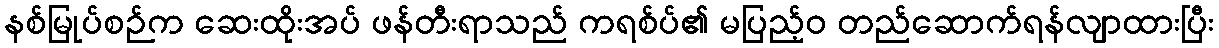
နစ်မြုပ်စဉ်က ဆေးထိုးအပ် ဖန်တီးရာသည် ကရစ်ပ်၏ မပြည့်ဝ တည်ဆောက်ရန်လျာထားပြီး